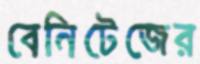
বেনিটেজের